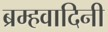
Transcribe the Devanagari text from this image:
ब्रम्हवादिनी